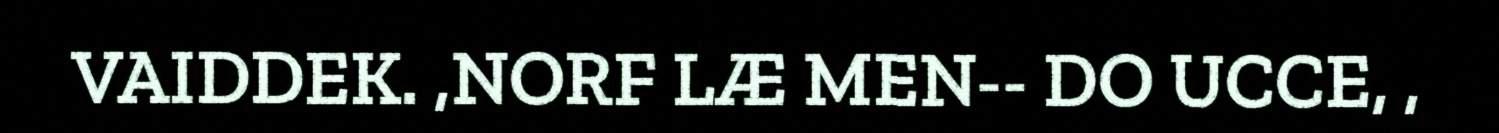
VAIDDEK. ,NORF LÆ MEN-- DO UCCE, ,